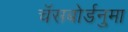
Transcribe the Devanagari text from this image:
चॅसबोर्डनुमा